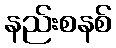
နည်းစနစ်